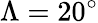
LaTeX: \Lambda=20^{\circ}